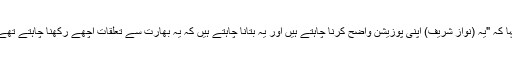
سلامتی کے امور کے تجزیہ کار طلعت مسعود نے اتوار کو وائس آف امریکہ سے گفتگو کرتے ہوئے کہا کہ "یہ (نواز شریف) اپنی پوزیشن واضح کرنا چاہتے ہیں اور یہ بتانا چاہتے ہیں کہ یہ بھارت سے تعلقات اچھے رکھنا چاہتے تھے لیکن مشکل یہ تھی کہ فوج کی قیادت اس طریقے سے نہیں چاہتی جس طریقےسے وہ کرنا چاہتے ہیں ۔